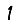
Digit: 1